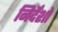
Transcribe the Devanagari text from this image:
निर्देंशों